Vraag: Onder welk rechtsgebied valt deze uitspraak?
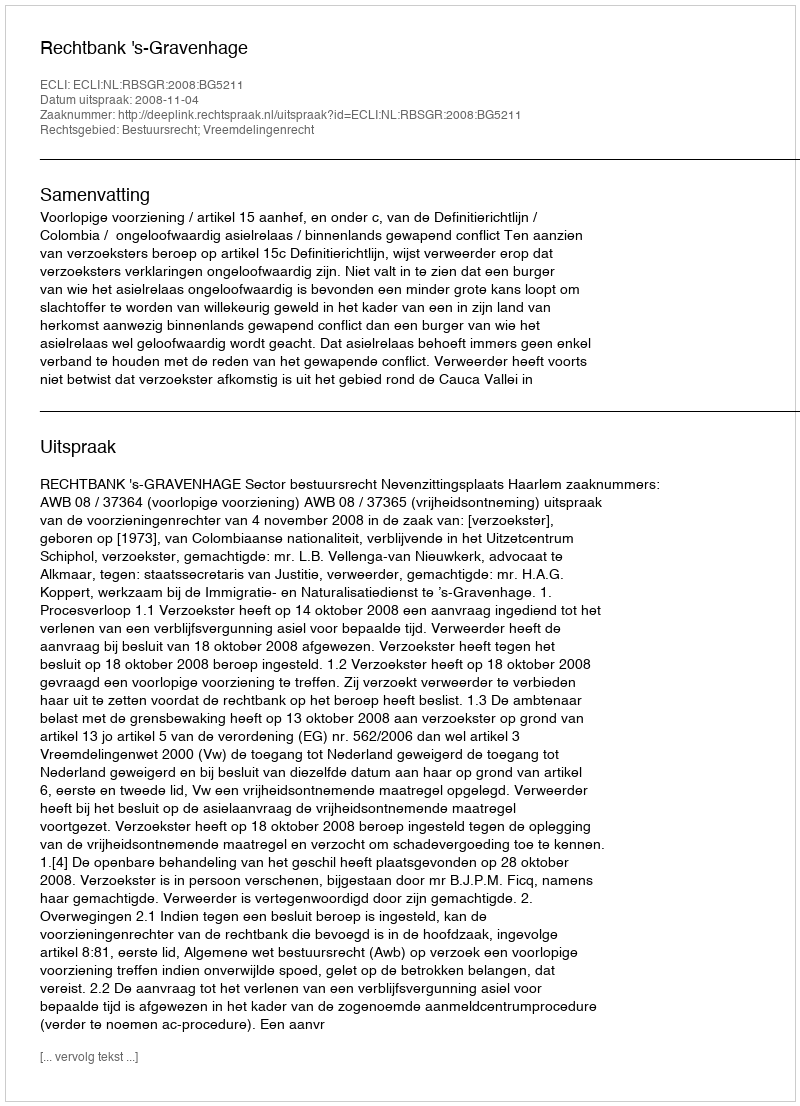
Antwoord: Bestuursrecht; Vreemdelingenrecht